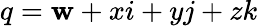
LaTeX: q=\mathbf{w}+xi+yj+zk